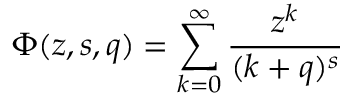
\Phi ( z , s , q ) = \sum _ { k = 0 } ^ { \infty } { \frac { z ^ { k } } { ( k + q ) ^ { s } } }